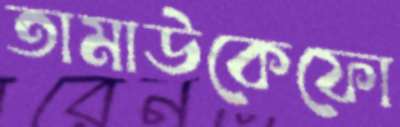
তামাউকেফো